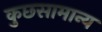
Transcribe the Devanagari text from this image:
कुछसामान्य